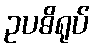
ဥပဓိရုပ်